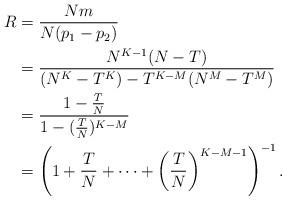
LaTeX: \begin{align*}R_{} &= \frac{Nm}{N(p_1-p_2)} \\&= \frac{N^{K-1} (N-T)}{(N^K - T^K)- T^{K-M}(N^M-T^M)} \\&= \frac{1-\frac{T}{N}}{1-(\frac{T}{N})^{K-M}}\\& = \left( 1+\frac{T}{N} + \cdots + \left(\frac{T}{N}\right)^{K-M-1} \right)^{-1}.\\\end{align*}